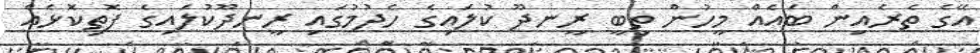
އޭގެ ތެރެއިން ބައެއް މީހުން ތިބީ ރީނދޫ ކުލައިގެ ހެދުމުގައި ރީނދޫކުލައިގެ ފޮތިކޮޅެއް